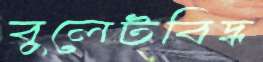
বুলেটবিদ্ধ